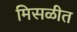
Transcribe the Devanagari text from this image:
मिसळीत